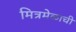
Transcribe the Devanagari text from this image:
मित्रमेळाची